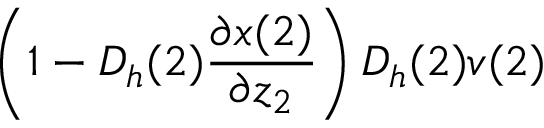
\left( 1 - D _ { h } ( 2 ) \frac { \partial x ( 2 ) } { \partial z _ { 2 } } \right) D _ { h } ( 2 ) v ( 2 )